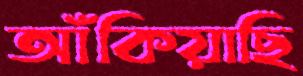
আঁকিয়াছি